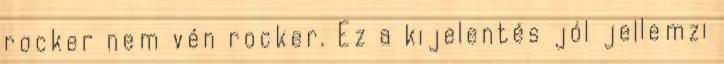
rocker nem vén rocker. Ez a kijelentés jól jellemzi